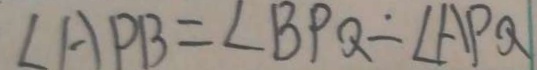
\angle A P B = \angle B P Q \dot { - } \angle A P Q